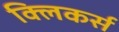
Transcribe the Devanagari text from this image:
क्लिकर्स